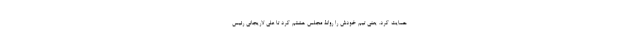
حمایت کرد. یعنی تیم خودش را روانۀ مجلس هشتم کرد تا علی لاریجانی رئیس